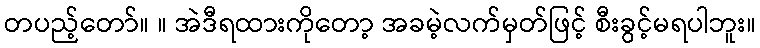
တပည့်တော်။ ။ အဲဒီရထားကိုတော့ အခမဲ့လက်မှတ်ဖြင့် စီးခွင့်မရပါဘူး။